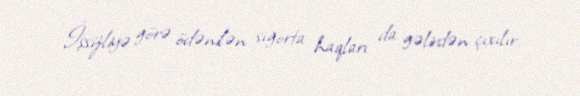
İşsizliyə görə ödənilən sığorta haqları da gəlirdən çıxılır.